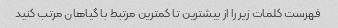
فهرست کلمات زیر را از بیشترین تا کمترین مرتبط با گیاهان مرتب کنید